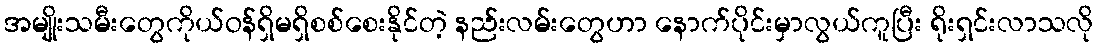
အမျိုးသမီးတွေကိုယ်ဝန်ရှိမရှိစစ်စေးနိုင်တဲ့ နည်းလမ်းတွေဟာ နောက်ပိုင်းမှာလွယ်ကူပြီး ရိုးရှင်းလာသလို